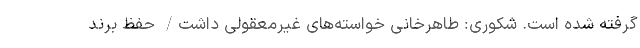
گرفته شده است. شکوری: طاهرخانی خواسته‌های غیرمعقولی داشت/ حفظ برند